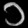
Digit: ၁